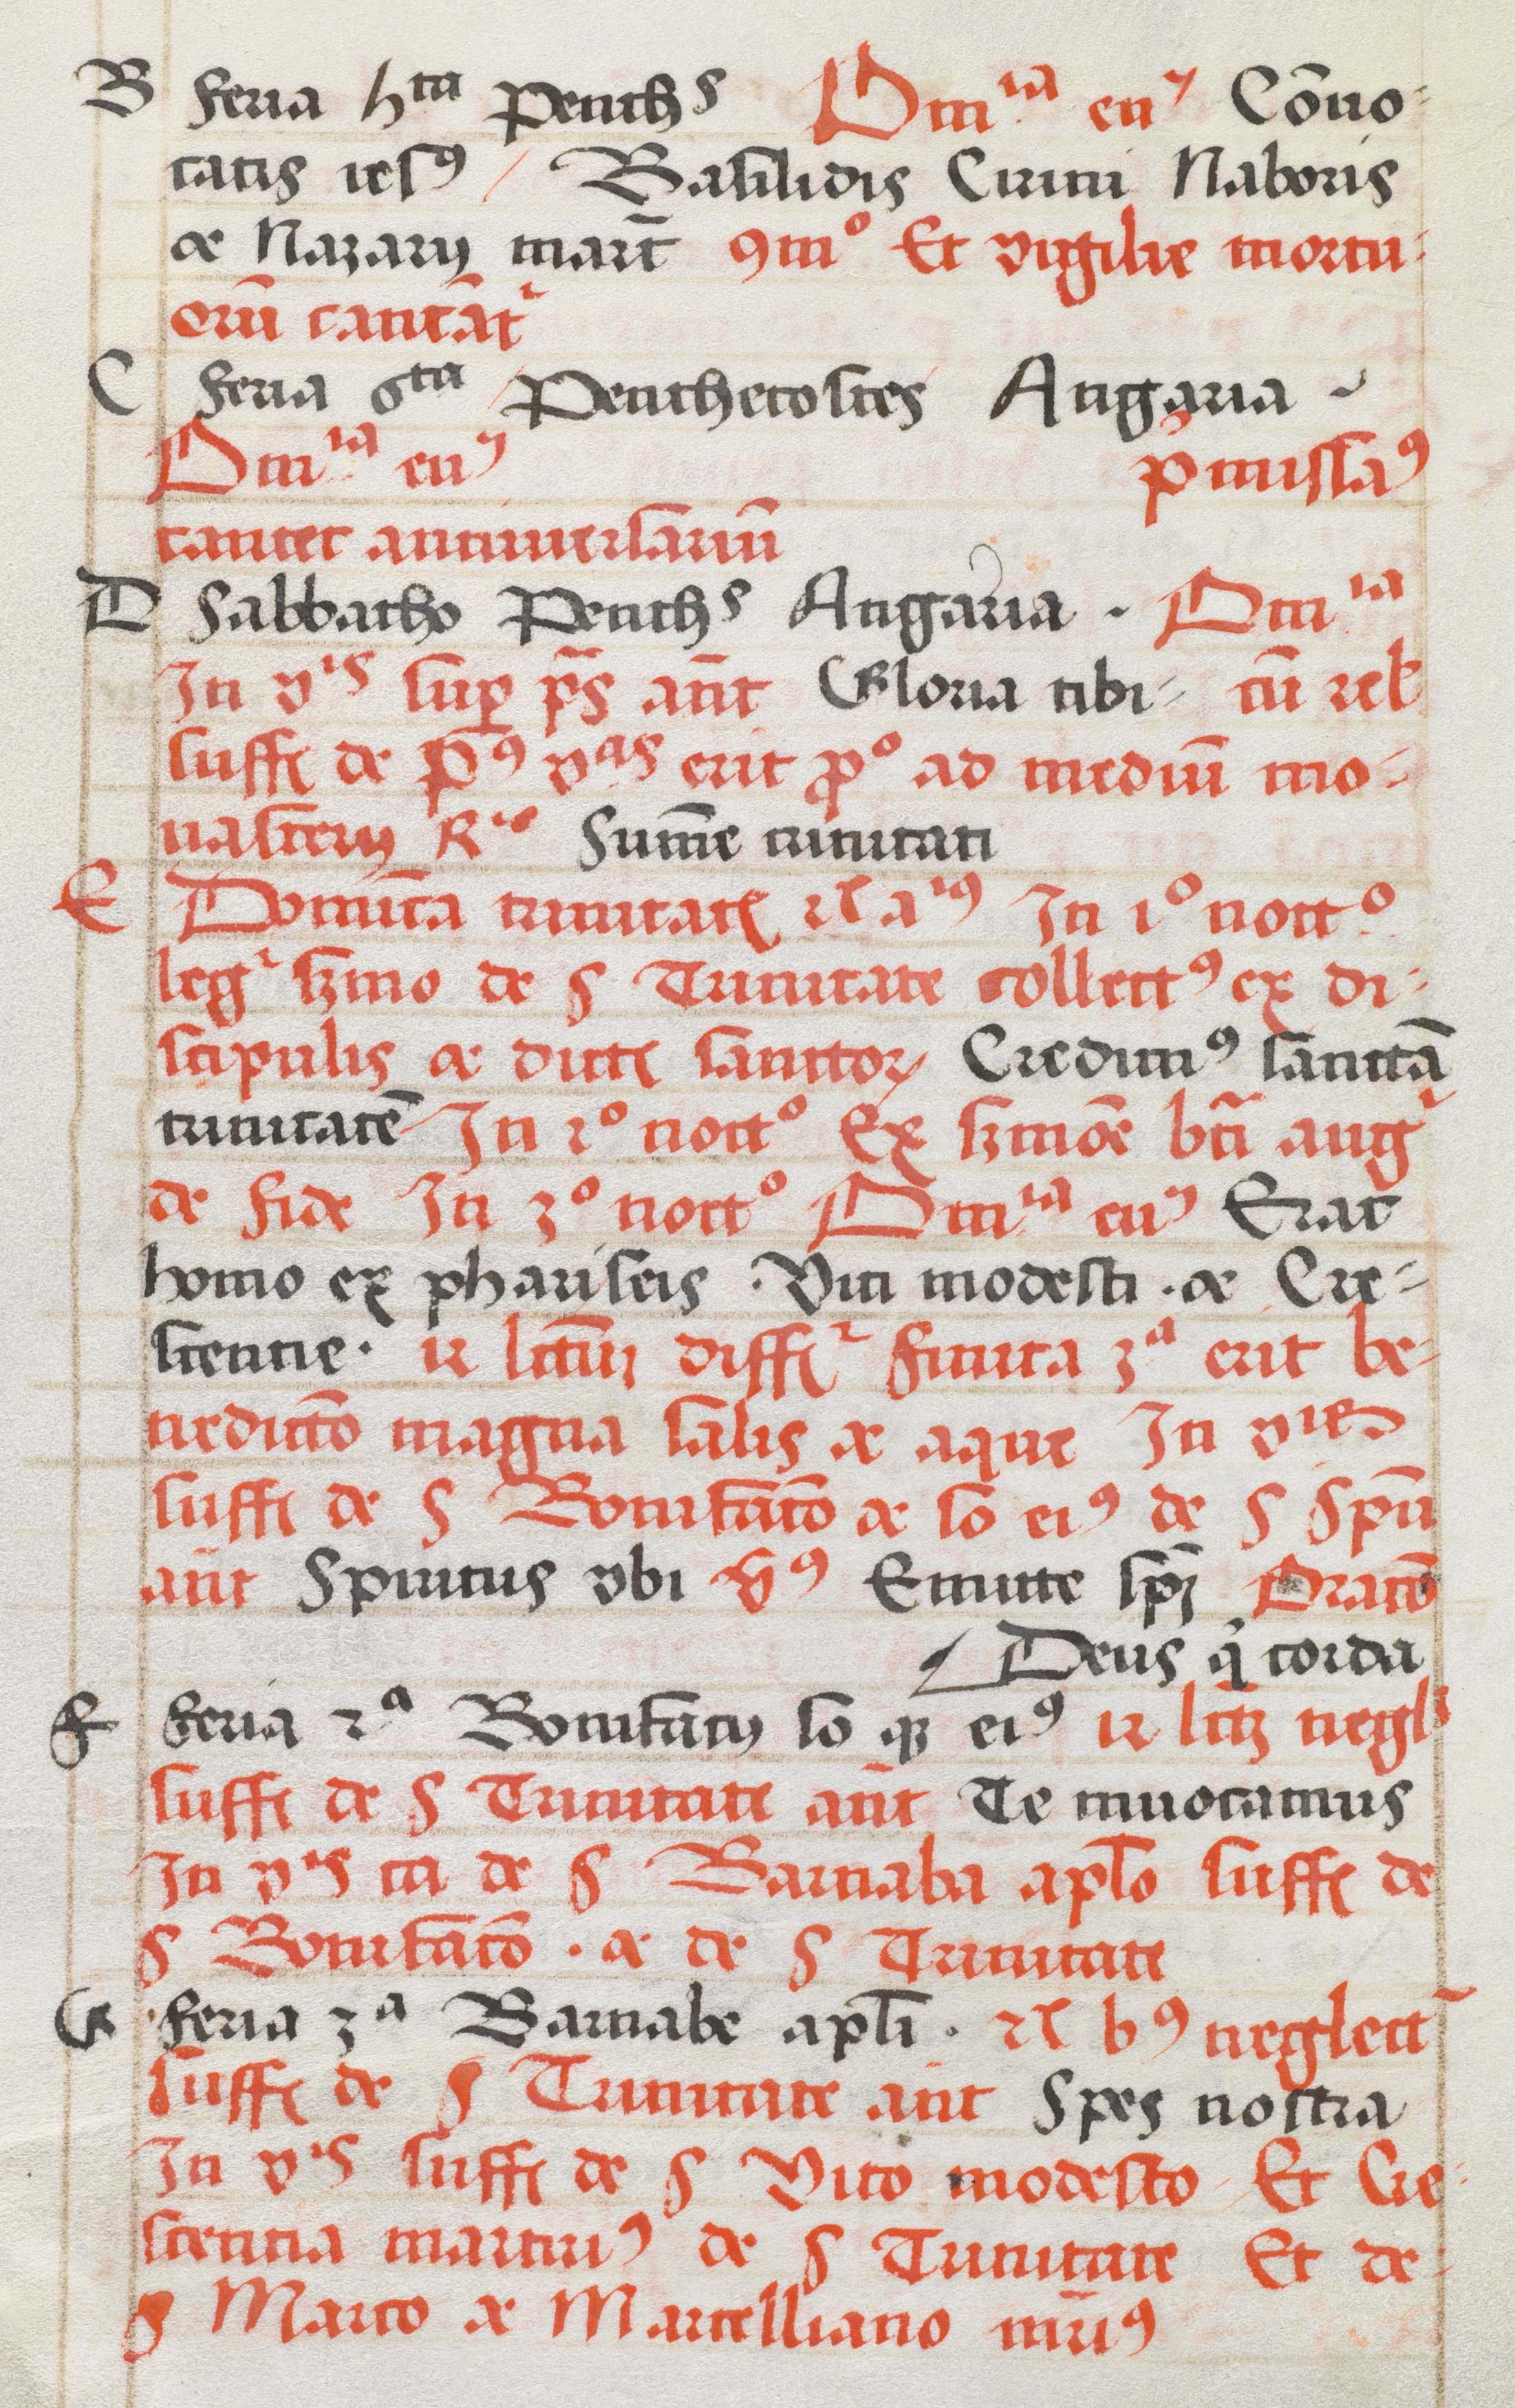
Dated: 1505–1535